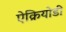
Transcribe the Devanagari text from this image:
ऐक्रियोडी